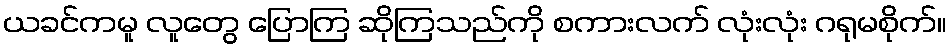
ယခင်ကမူ လူတွေ ပြောကြ ဆိုကြသည်ကို စကားလက် လုံးလုံး ဂရုမစိုက်။